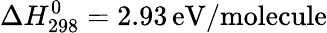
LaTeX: \Delta H_{\mathrm{298}}^{\mathrm{0}}=2.93\, \mathrm{eV/molecule}